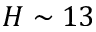
H \sim 1 3